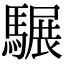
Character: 𩥇